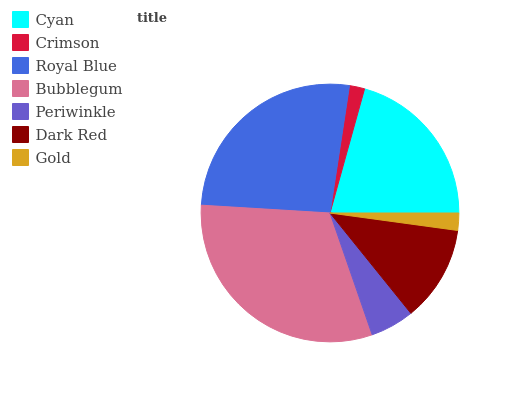
| Cyan | Crimson | Royal Blue | Bubblegum | Periwinkle | Dark Red | Gold |
 | --- | --- | --- | --- | --- | --- | --- |
 | 20.7% | 1.91% | 26.4% | 31.2% | 5.5% | 12% | 2.17% |